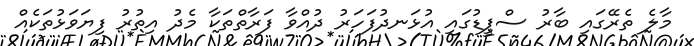
މާލެ ތެރޭގައި ބާރު ސްޕީޑުގައި އުޅަނދުފަހަރު ދުއްވާ ފަރާތްތަކާ މެދު އިތުރު ފިޔަވަޅުތަކެއް